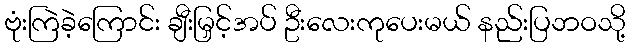
ဗုံးကြဲခဲ့ကြောင်း ချီးမြှင့်အပ် ဦးလေးကုပေးမယ် နည်းပြဘဝသို့